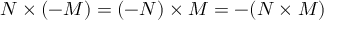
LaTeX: N \times ( - M ) = ( - N ) \times M = - ( N \times M )